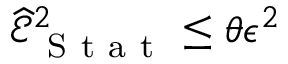
\widehat { \mathcal { E } } _ { \mathrm { ~ S ~ t ~ a ~ t ~ } } ^ { 2 } \le \theta \epsilon ^ { 2 }